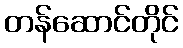
တန်ဆောင်တိုင်